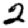
Digit: 2